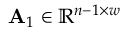
\mathbf { A } _ { 1 } \in \mathbb { R } ^ { n - 1 \times w }